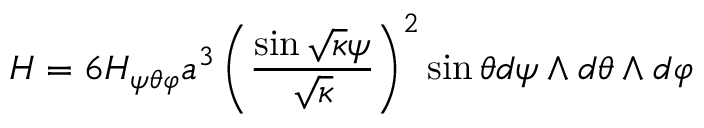
H = 6 H _ { \psi \theta \varphi } a ^ { 3 } \left( \frac { \sin \sqrt { \kappa } \psi } { \sqrt { \kappa } } \right) ^ { 2 } \sin \theta d \psi \wedge d \theta \wedge d \varphi